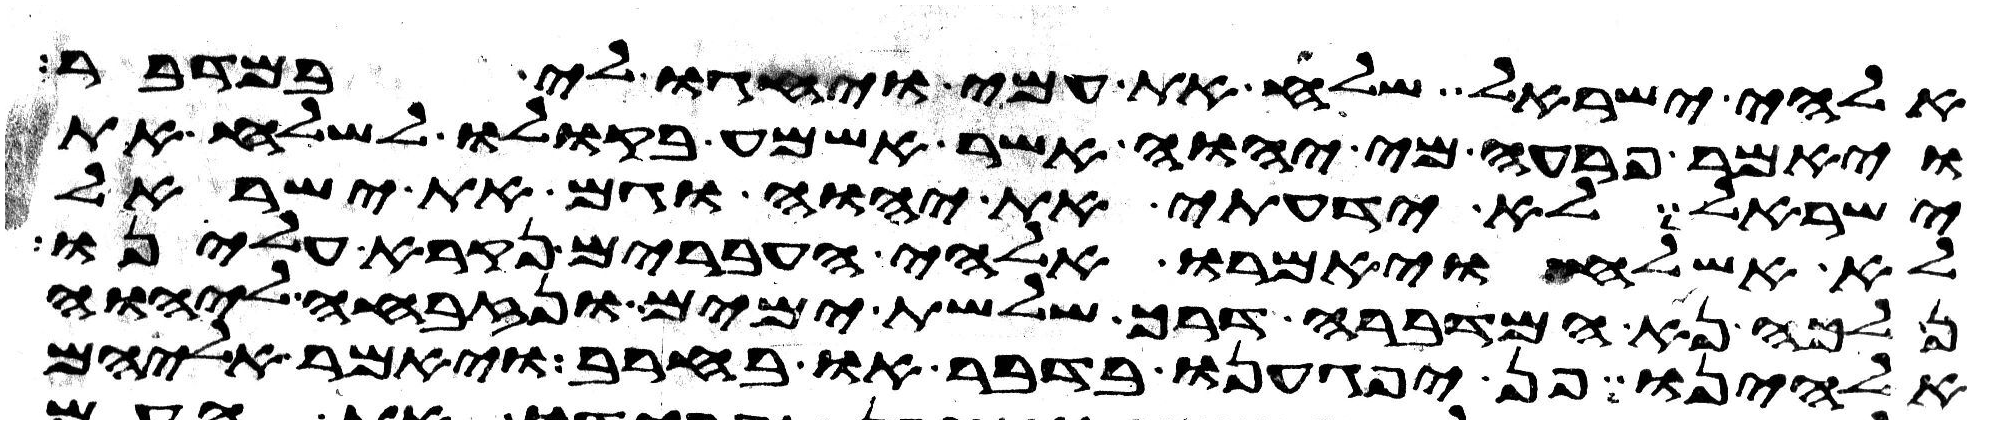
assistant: אלהי ישראל שלח את עמי ויחגו לי במדבר
ויאמר פרעה מי יהוה אשר אשמע בקולו לשלח את
ישראל לא ידעתי את יהוה וגם את ישראל
לא אשלח ויאמרו אלהי העברים נקרא עלינו
נלכה נא המדברה דרך שלשת ימים ונזבחה ליהוה
אלהינו פן יפגענו בדבר או בחרב ויאמר אליהם